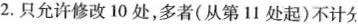
2.只允许修改10处,多者(从第11处起)不计分